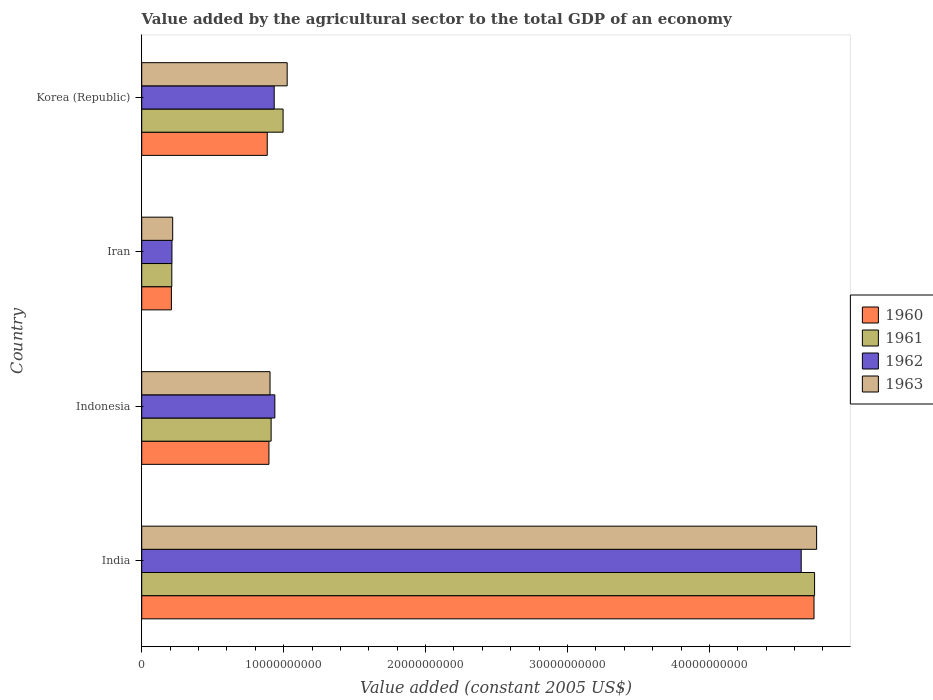
| Country | 1960 | 1961 | 1962 | 1963 |
 | --- | --- | --- | --- | --- |
 | India | 4.74e+10 | 4.74e+10 | 4.65e+10 | 4.76e+10 |
 | Indonesia | 8.96e+09 | 9.12e+09 | 9.38e+09 | 9.04e+09 |
 | Iran | 2.09e+09 | 2.12e+09 | 2.13e+09 | 2.18e+09 |
 | Korea (Republic) | 8.84e+09 | 9.96e+09 | 9.33e+09 | 1.02e+10 |